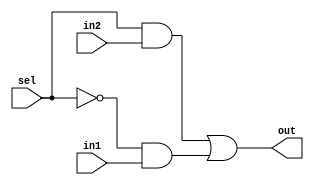
module mux2to1(out,sel,in1,in2);
    input in1,in2,sel;
    output out;
    wire not_sel,a1,a2;
    not (not_sel,sel);
    and (a1,sel,in2);
    and (a2,not_sel,in1);
    or(out,a1,a2);
endmodule

module bit8_2to1mux(out,sel,in1,in2);
    input [7:0] in1,in2;
    output [7:0] out;
    input sel;
    genvar j;
    generate for (j=0; j<8;j=j+1) 
        begin: mux_loop
            mux2to1 m1(out[j],sel,in1[j],in2[j]);
        end
    endgenerate
endmodule

module bit32_2to1mux(out,sel,in1,in2);
    input [31:0] in1,in2;
    input sel;
    output [31:0] out;
    bit8_2to1mux m1(out [7:0],sel,in1[7:0],in2[7:0]);
    bit8_2to1mux m2(out [15:8],sel,in1[15:8],in2[15:8]);
    bit8_2to1mux m3(out [23:16],sel,in1[23:16],in2[23:16]);
    bit8_2to1mux m4(out [31:24],sel,in1[31:24],in2[31:24]);
endmodule

module bit32_4to1mux(out,sel,in1,in2,in3,in4);
    input [31:0] in1,in2,in3,in4;
    input [1:0] sel;
    output [31:0] out;
    wire [31:0] w1,w2;
    bit32_2to1mux m1(w1[31:0],sel[0],in1[31:0],in2[31:0]);
    bit32_2to1mux m2(w2[31:0],sel[0],in3[31:0],in4[31:0]);
    bit32_2to1mux m3(out[31:0],sel[1],w1[31:0],w2[31:0]);
endmodule